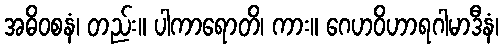
အဓိဝစနံ၊ တည်း။ ပါကာရောတိ၊ ကား။ ဂေဟဝိဟာရဂါမာဒီနံ၊